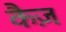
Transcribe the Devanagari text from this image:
कैज़